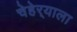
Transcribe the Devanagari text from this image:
चेहेर्‍याला